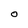
Character: O